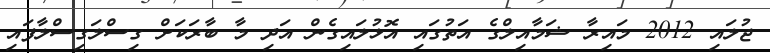
ޖުލައި 2012 މައިރާ ޝަމާއިލްގެ އަތުގައި އޮޅުލައިގެން އަދި މާ ބާރަކަށް ގިސްލަގިސްލާފައި